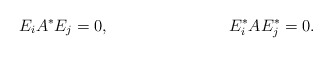
\begin{align*} E_i A^* E_j &= 0, & E^*_i A E^*_j &= 0.\end{align*}